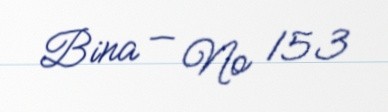
Bina — № 153